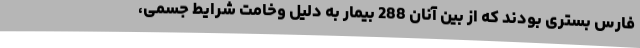
فارس بستری بودند که از بین آنان 288 بیمار به دلیل وخامت شرایط جسمی،